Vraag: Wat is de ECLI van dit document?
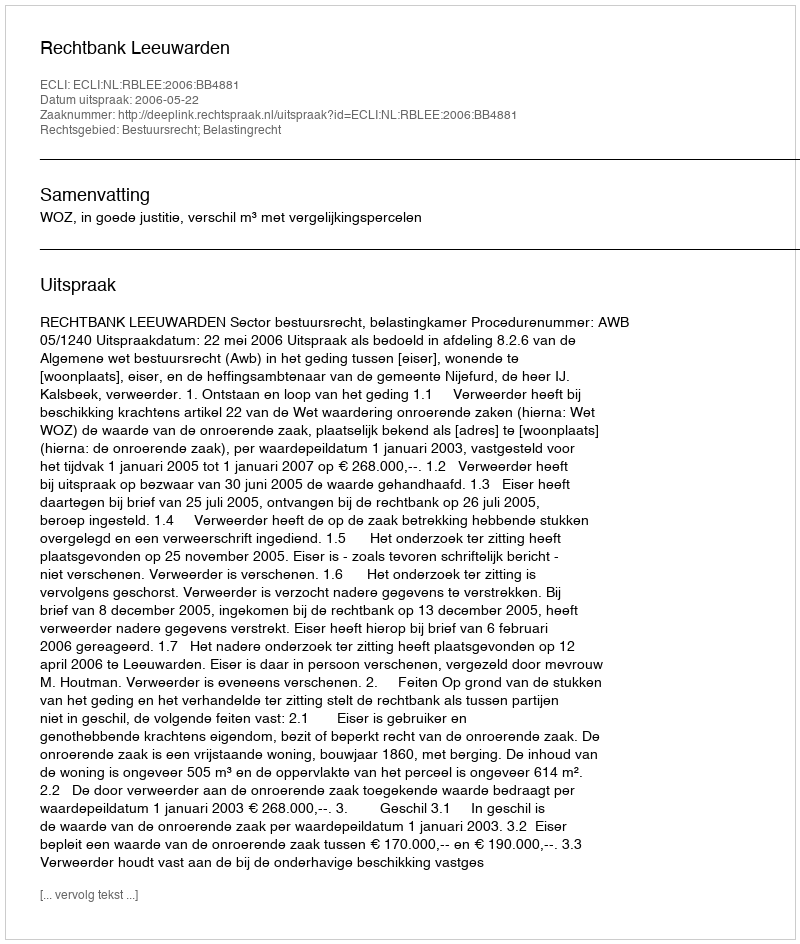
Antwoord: ECLI:NL:RBLEE:2006:BB4881